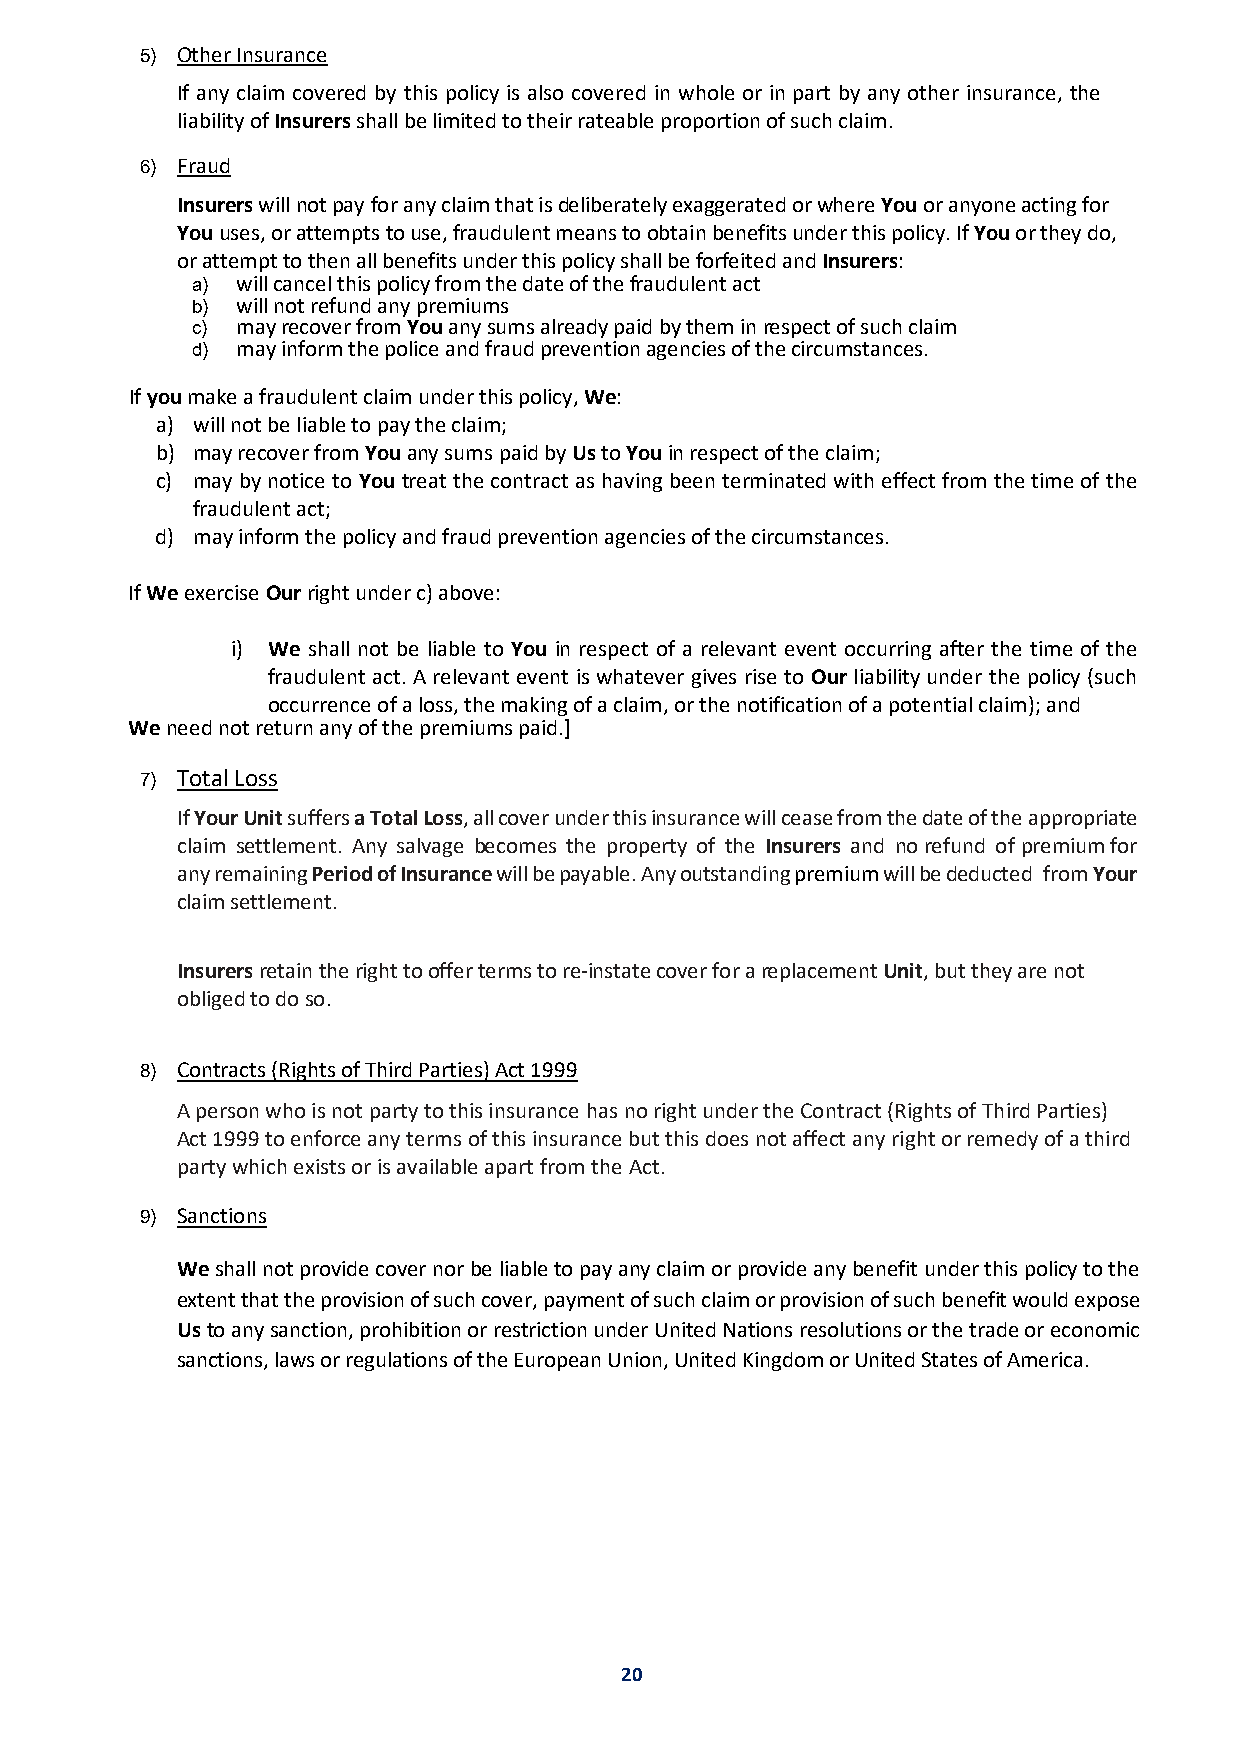
5) Other Insurance
 If any claim covered by this policy is also covered in whole or in part by any other insurance, the
 liability of Insurers shall be limited to their rateable proportion of such claim.
 6) Fraud
 Insurers will not pay for any claim that is deliberately exaggerated or where You or anyone acting for
 You uses, or attempts to use, fraudulent means to obtain benefits under this policy. If You or they do,
 or attempt to then all benefits under this policy shall be forfeited and Insurers:
 a) will cancel this policy from the date of the fraudulent act
 b) will not refund any premiums
 c) may recover from You any sums already paid by them in respect of such claim
 d) may inform the police and fraud prevention agencies of the circumstances.
 If you make a fraudulent claim under this policy, We:
 a) will not be liable to pay the claim;
 b) may recover from You any sums paid by Us to You in respect of the claim;
 c) may by notice to You treat the contract as having been terminated with effect from the time of the
 fraudulent act;
 d) may inform the policy and fraud prevention agencies of the circumstances.
 If We exercise Our right under c) above:
 i) We shall not be liable to You in respect of a relevant event occurring after the time of the
 fraudulent act. A relevant event is whatever gives rise to Our liability under the policy (such
 occurrence of a loss, the making of a claim, or the notification of a potential claim); and
 We need not return any of the premiums paid.]
 7) Total Loss
 If Your Unit suffers a Total Loss, all cover under this insurance will cease from the date of the appropriate
 claim settlement. Any salvage becomes the property of the Insurers and no refund of premium for
 any remaining Period of Insurance will be payable. Any outstanding premium will be deducted from Your
 claim settlement.
 Insurers retain the right to offer terms to re-instate cover for a replacement Unit, but they are not
 obliged to do so.
 8) Contracts (Rights of Third Parties) Act 1999
 A person who is not party to this insurance has no right under the Contract (Rights of Third Parties)
 Act 1999 to enforce any terms of this insurance but this does not affect any right or remedy of a third
 party which exists or is available apart from the Act.
 9) Sanctions
 We shall not provide cover nor be liable to pay any claim or provide any benefit under this policy to the
 extent that the provision of such cover, payment of such claim or provision of such benefit would expose
 Us to any sanction, prohibition or restriction under United Nations resolutions or the trade or economic
 sanctions, laws or regulations of the European Union, United Kingdom or United States of America.
 20